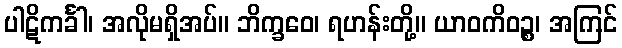
ပါဋိကင်္ခါ၊ အလိုမရှိအပ်။ ဘိက္ခဝေ၊ ရဟန်းတို့။ ယာဝကိဝဉ္စ၊ အကြင်